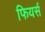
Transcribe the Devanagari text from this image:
फियर्स